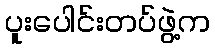
ပူးပေါင်းတပ်ဖွဲ့က